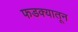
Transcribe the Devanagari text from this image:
फडक्यातून